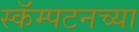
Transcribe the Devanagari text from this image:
स्कॅम्पटनच्या